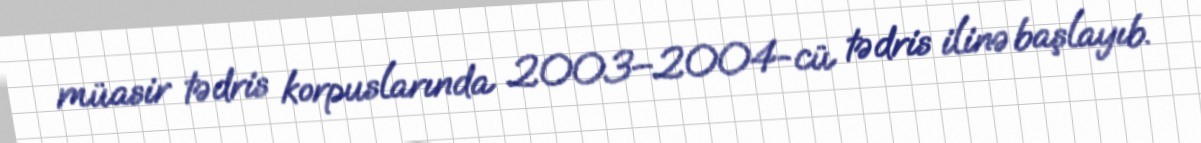
müasir tədris korpuslarında 2003–2004-cü tədris ilinə başlayıb.